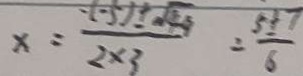
x = \frac { - ( - 5 ) \pm \sqrt { 4 9 } } { 2 \times 3 } = \frac { 5 \pm 7 } { 6 }